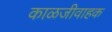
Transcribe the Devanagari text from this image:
काळजीवाहक